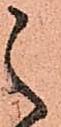
之